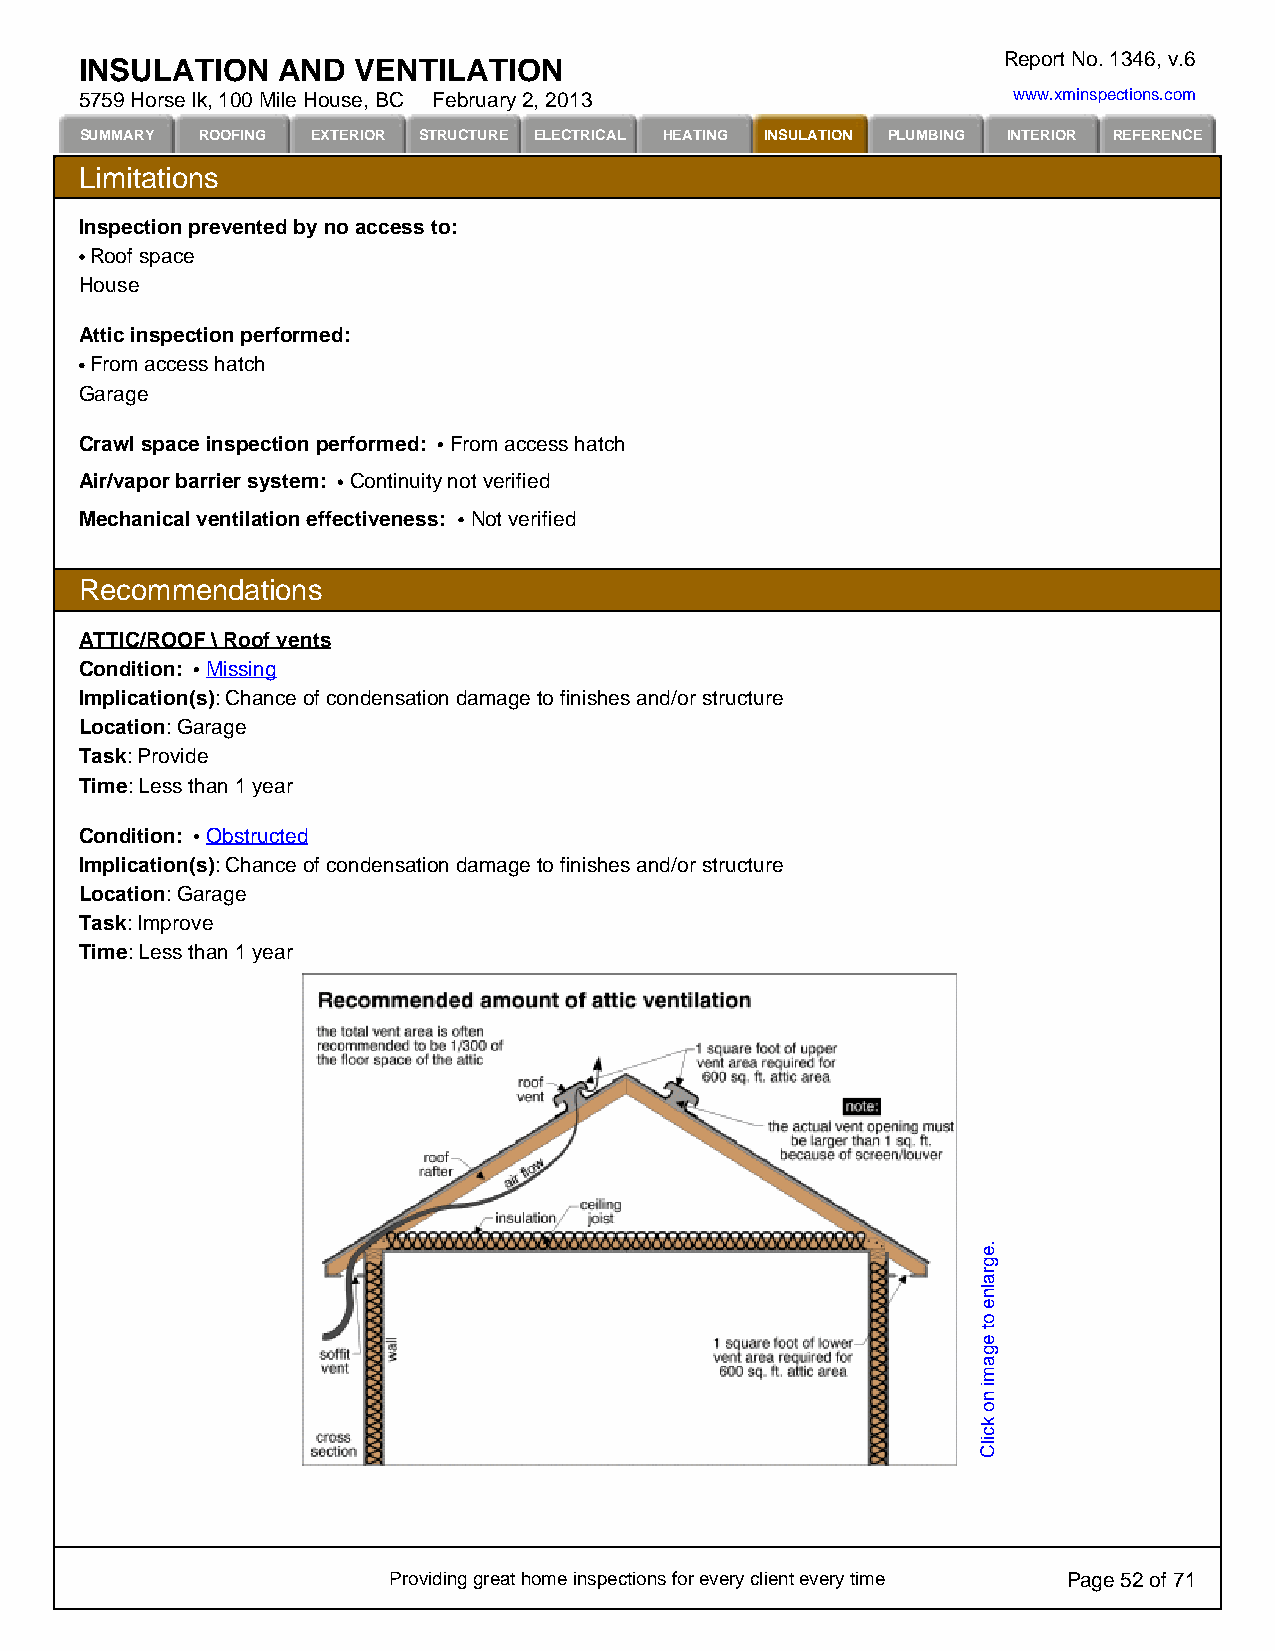
Report No. 1346, v.6
 INSULATION   AND   VENTILATION
 5759 Horse lk, 100 Mile House, BC February 2, 2013            www.xminspections.com
 SUMMARY ROOFING EXTERIOR STRUCTURE ELECTRICAL HEATING INSULATION PLUMBING INTERIOR REFERENCE
 Limitations
 Inspection prevented by no access to:
 Roof space
 House
 Attic inspection performed:
 From access hatch
 Garage
 Crawl space inspection performed: From access hatch
 Air/vapor barrier system: Continuity not verified
 Mechanical ventilation effectiveness: Not verified
 Recommendations
 ATTIC/ROOF \ Roof vents
 Condition: Missing
 Implication(s): Chance of condensation damage to finishes and/or structure
 Location: Garage
 Task: Provide
 Time: Less than 1 year
 Condition: Obstructed
 Implication(s): Chance of condensation damage to finishes and/or structure
 Location: Garage
 Task: Improve
 Time: Less than 1 year
 Providing great home inspections for every client every time Page 52 of 71
 .egralne
 ot
 egami
 no
 kcilC